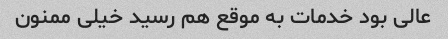
عالی بود خدمات به موقع هم رسید خیلی ممنون